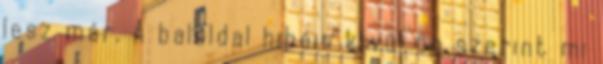
lesz már. A baloldal hibáin kívül ön szerint mi